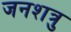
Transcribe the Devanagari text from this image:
जनशत्रु